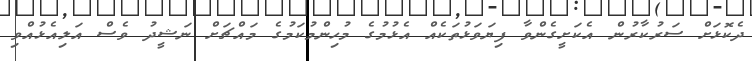
ދެކޮޅަށް ސަރުކާރުން އެކަށީގެންވާ ފިޔަވަޅުތަކެއް އެޅުމުގެ މުހިންމުކަމުގެ މައްޗަށް ނަޝީދު ވެސް އަލިއެޅުއްވި